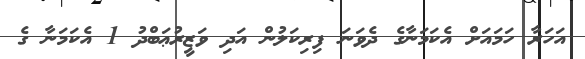
އަހަރާ ހަމައަށް އެކަމަނާގެ ދެވަނަ ފިރިކަލުން އަދި ވަޒީރުޢަބްދު 1 އެކަމަނާ ގެ